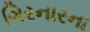
ગિરનારના